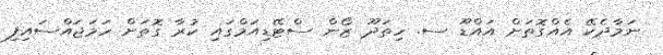
ނަމާދެކޭ އެއްގޮތަށް އައްޑޫ ސ. ހިތަދޫ ޒޯން ސްޓޭޑިއަމްގައި ކުރާ ގޮތަށް ހަމަޖައްސައިފި